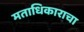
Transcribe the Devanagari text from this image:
मताधिकाराचा